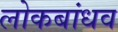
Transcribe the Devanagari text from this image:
लोकबांधव